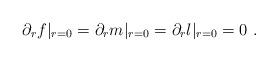
LaTeX: \begin{align*}\partial_r f|_{r=0}= \partial_r m|_{r=0}= \partial_r l|_{r=0}= 0\ . \end{align*}